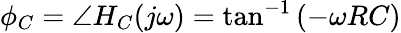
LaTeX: \phi_{C}=\angle H_{C}(j\omega)=\tan^{-1}\left(-\omega RC\right)